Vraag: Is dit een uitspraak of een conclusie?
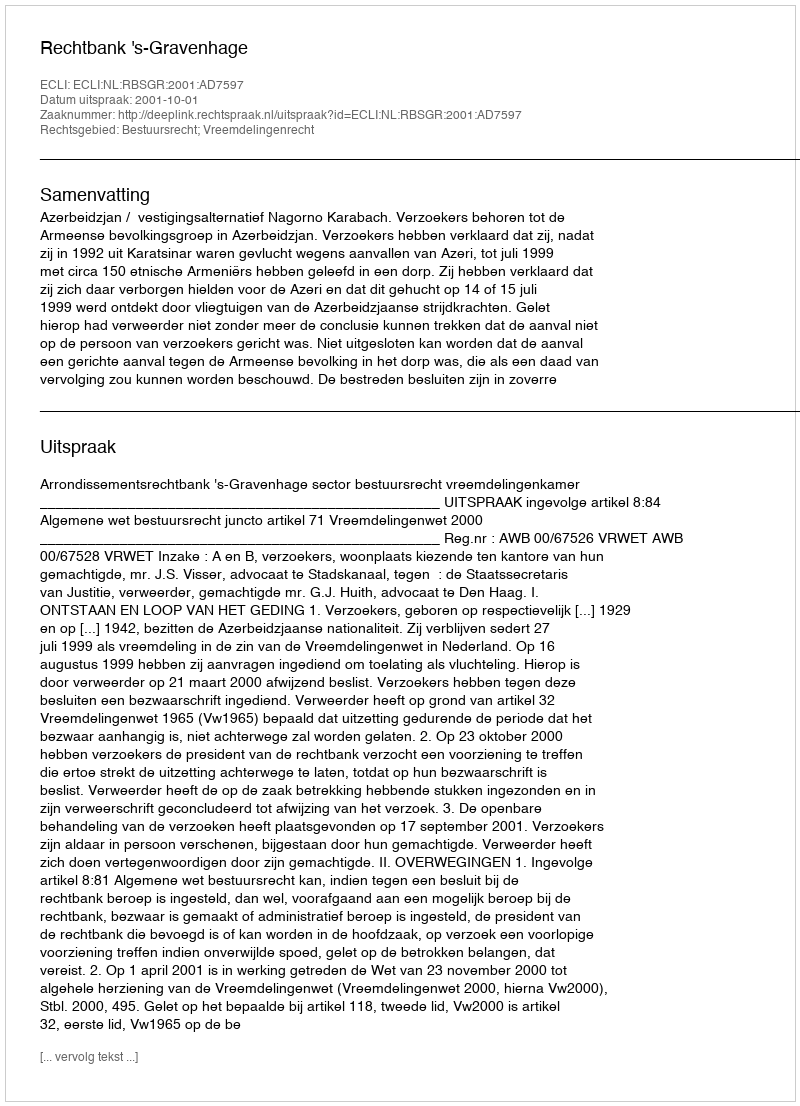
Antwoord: Uitspraak